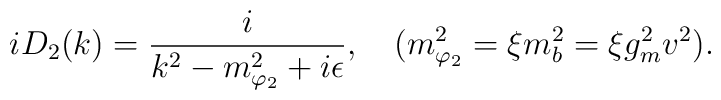
iD_2(k) = {i \over k^2-m_{\varphi_2}^2+i\epsilon}, \quad (m_{\varphi_2}^2= \xi m_b^2 = \xi g_m^2 v^2) .